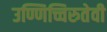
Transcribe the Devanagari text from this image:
उण्णिच्चिरुतेवी